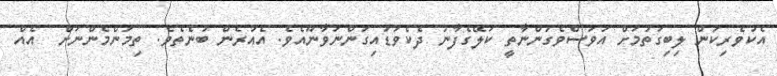
އެކުވެރިކަން ލިބިގަތުމަށް އަވަސްވެގަންނާތީ ކަލޭގެފާނު ދެކެވަޑައިގަންނަވާނޫއެވެ. އެއުރެން ބުނެތެވެ. ތިމަންމެންނަށް  އެއް